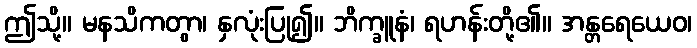
ဤသို့။ မနသိကတွာ၊ နှလုံးပြု၍။ ဘိက္ခူနံ၊ ရဟန်းတို့၏။ အန္တရေယေဝ၊